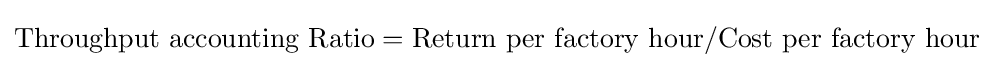
{\text{Throughput accounting Ratio}}={\text{Return per factory hour}}/{\text{Cost per factory hour}}